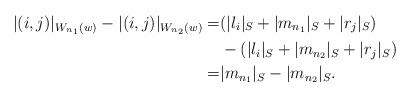
LaTeX: \begin{align*}\lvert (i,j)\rvert_{W_{n_1}(w)}-\lvert (i,j)\rvert_{W_{n_2}(w)}=&(\lvert l_i \rvert_S+\lvert m_{n_1} \rvert_S+\lvert r_j \rvert_S)\\&-(\lvert l_i \rvert_S+\lvert m_{n_2} \rvert_S+\lvert r_j \rvert_S)\\=&\lvert m_{n_1} \rvert_S-\lvert m_{n_2} \rvert_S.\end{align*}